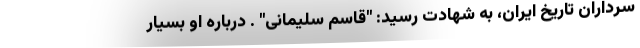
سرداران تاریخ ایران، به شهادت رسید: "قاسم سلیمانی" . درباره او بسیار